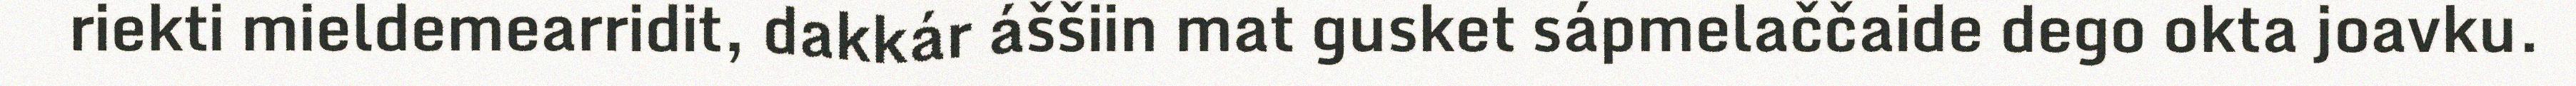
riekti mieldemearridit, dakkár áššiin mat gusket sápmelaččaide dego okta joavku.